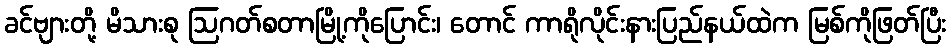
ခင်ဗျားတို့ မိသားစု ဩဂတ်စတာမြို့ကိုပြောင်း၊ တောင် ကာရိုလိုင်းနားပြည်နယ်ထဲက မြစ်ကိုဖြတ်ပြီး